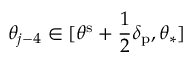
\theta _ { j - 4 } \in [ \theta ^ { \mathrm { s } } + \frac 1 2 \delta _ { \mathrm { p } } , \theta _ { \ast } ]